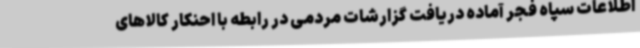
اطلاعات سپاه فجر آماده دریافت گزارشات مردمی در رابطه با احنکار کالاهای